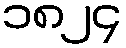
၁၈၂၄